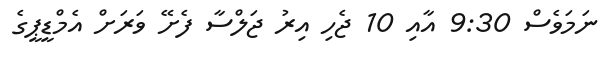
ނަމަވެސް 9:30 އާއި 10 ޖެހި އިރު ޖަލްސާ ފެށޭ ވަރަށް އެމްޑީޕީގެ